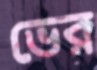
ভের